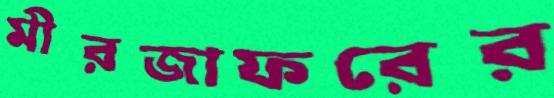
মীরজাফরের